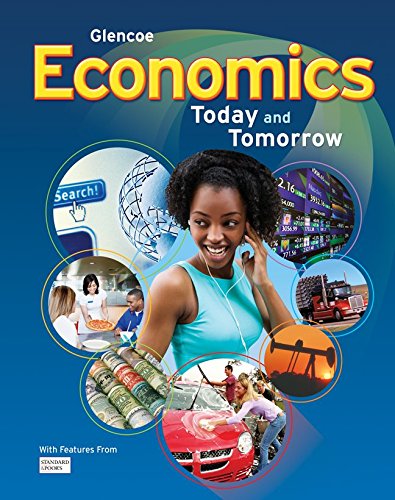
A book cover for Economics: Today and Tomorrow, Student Edition (ECONOMICS TODAY & TOMORROW); McGraw-Hill Education; Children's Books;